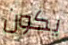
يكون